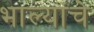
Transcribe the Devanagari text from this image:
भाल्यांचे